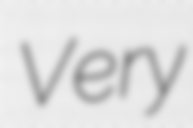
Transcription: Very